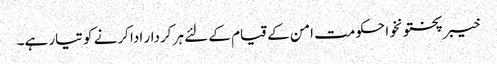
خیبرپختونخوا حکومت امن کے قیام کے لئے ہر کردار ادا کرنے کو تیار ہے۔